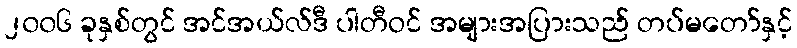
၂၀၀၆ ခုနှစ်တွင် အင်အယ်လ်ဒီ ပါတီဝင် အများအပြားသည် တပ်မတော်နှင့်